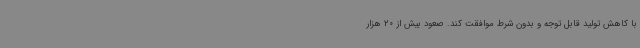
با کاهش تولید قابل توجه و بدون شرط موافقت کند. صعود بیش از 20 هزار